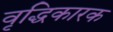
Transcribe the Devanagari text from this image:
वृद्धिकारक